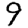
Digit: 9